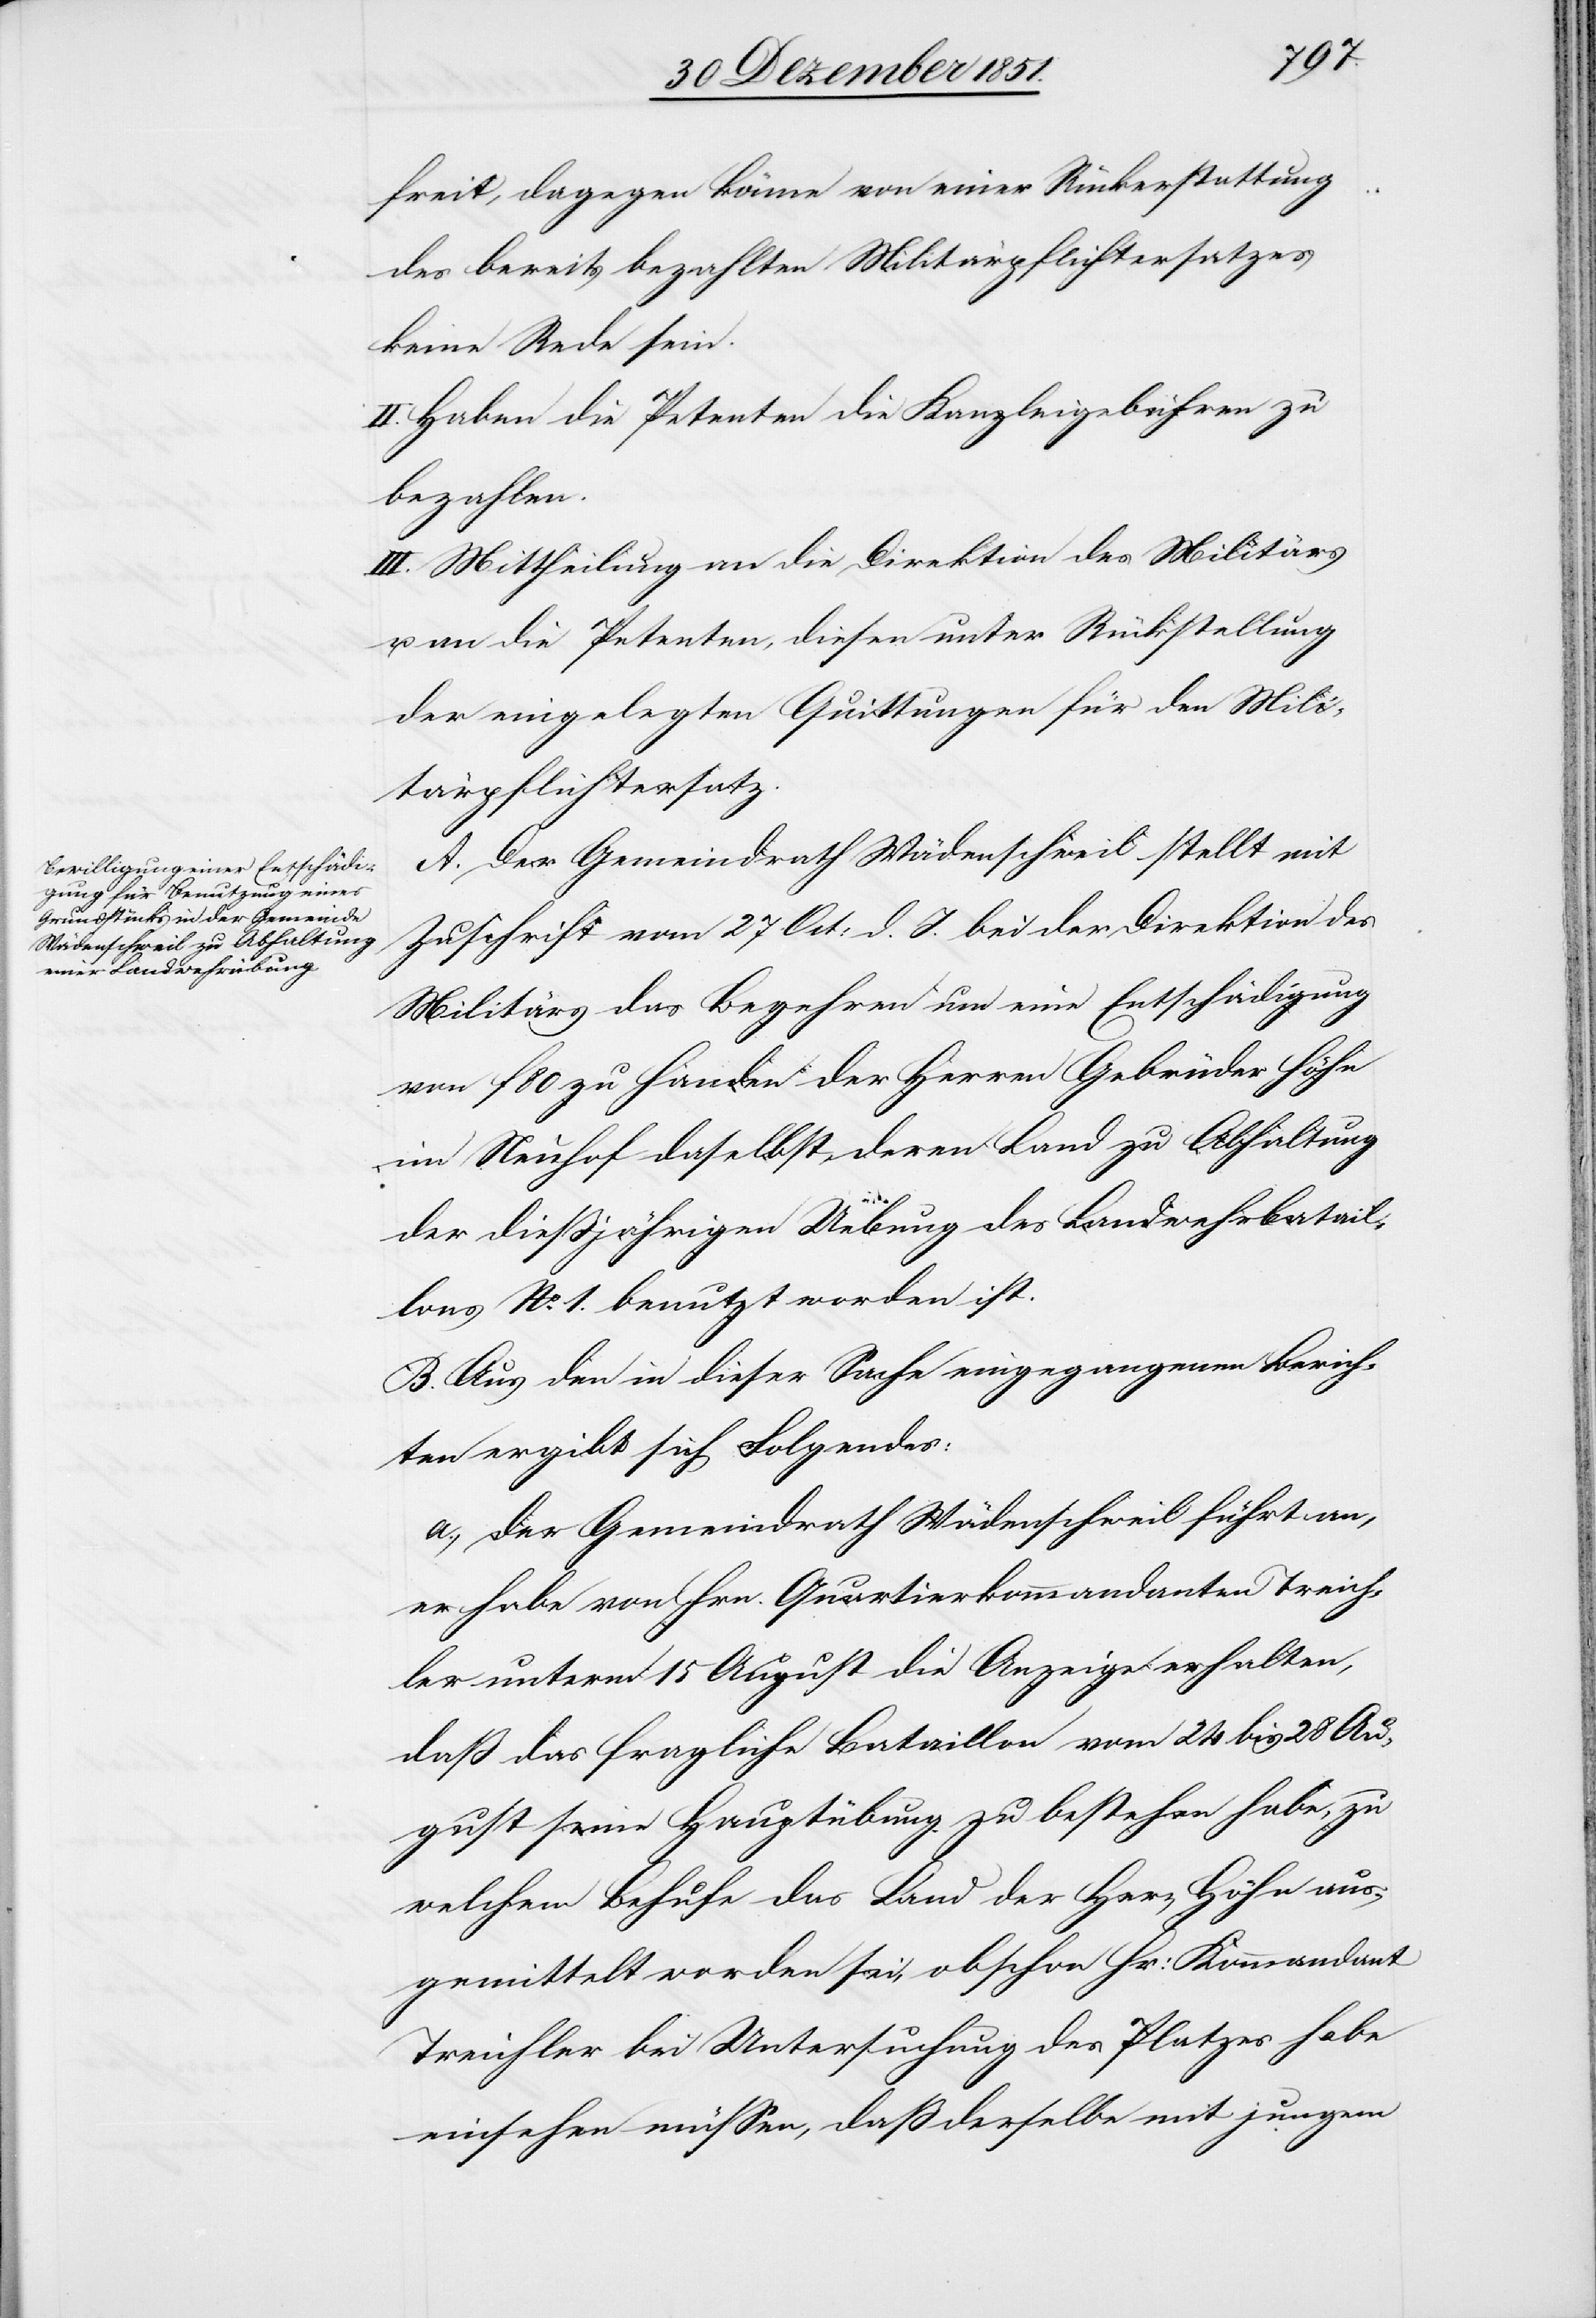
freit, dagegen könne von einer Rückerstattung
des bereits bezahlten Militärpflichtersatzes
keine Rede sein.
II. Haben die Petenten die Kanzleigebühren zu
bezahlen.
III. Mittheilung an die Direktion des Militärs
u. an die Petenten, diesen unter Rückstellung
der eingelegten Quittungen für den Mili¬
tärpflichtersatz.
A. Der Gemeindrath Wädenschweil stellt mit
Zuschrift vom 27 Oct: d. J. bei der Direktion des
Militärs das Begehren um eine Entschädigung
von f 80 zu Handen der Herren Gebrüder Höhn
im Neuhof daselbst, deren Land zu Abhaltung
der dießjährigen Uebung des Landwehrbatail¬
lons No. 1. benutzt worden ist.
B. Aus den in dieser Sache eingegangenen Berich¬
ten ergibt sich Folgendes:
a., der Gemeindrath Wädenschweil führt an,
er habe von Hrn. Quartierkommandanten Treich¬
ler unterm 15 August die Anzeige erhalten,
daß das fragliche Bataillon vom 24 bis 28 Au¬
gust seine Hauptübung zu bestehen habe, zu
welchem Behufe das Land der Her[ren] Höhn aus¬
gemittelt worden sei, obschon Hr: Kommandant
Treichler bei Untersuchung des Platzes habe
einsehen müssen, daß derselbe mit jungem